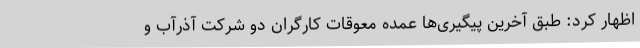
اظهار کرد: طبق آخرین پیگیری‌ها عمده معوقات کارگران دو شرکت آذرآب و